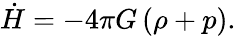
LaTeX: \dot{H}=-4\pi G\left(\rho+p\right).